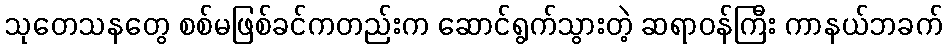
သုတေသနတွေ စစ်မဖြစ်ခင်ကတည်းက ဆောင်ရွက်သွားတဲ့ ဆရာဝန်ကြီး ကာနယ်ဘခက်